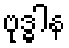
ဗုဒ္ဓါန